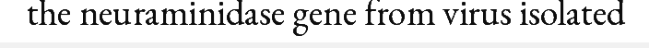
the neuraminidase gene from virus isolated